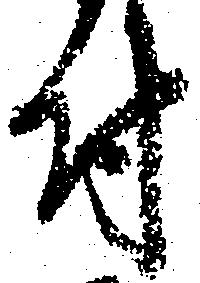
付